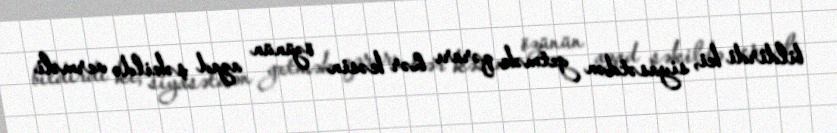
bildirdi ki, siyasətdən getmək qərarı hər kəsin özünün azad şəkildə verməli